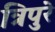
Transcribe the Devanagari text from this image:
त्रिपुरे